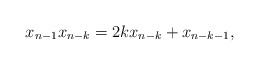
LaTeX: \begin{align*}x_{n-1}x_{n-k}&= 2kx_{n-k}+x_{n-k-1},\end{align*}